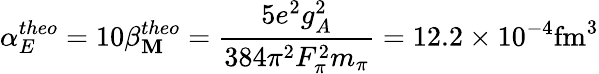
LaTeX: \alpha_{E}^{theo}=10\beta_{\mathbf{M}}^{theo}={\frac{{5e^{2}g_{A}^{2}}}{{384\pi^{2}F_{\pi}^{2}m_{\pi}}}}=12.2\times10^{-4}\mathrm{{fm}}^{3}